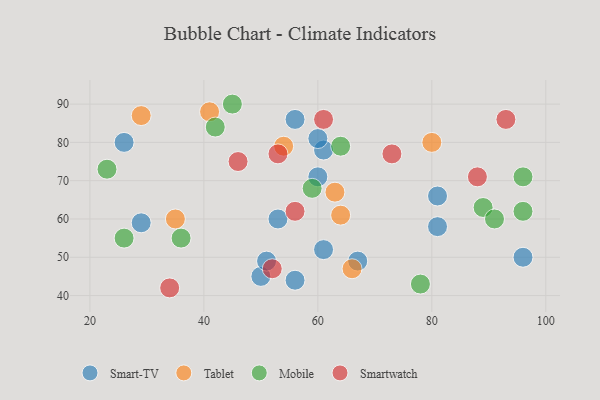
{"axis": {"x": "GDP", "y": "Life Expectancy"}, "legend": ["Mobile", "Smart-TV", "Smartwatch", "Tablet"], "data": [{"x": "29", "y": 59, "type": "Smart-TV"}, {"x": "60", "y": 71, "type": "Smart-TV"}, {"x": "81", "y": 66, "type": "Smart-TV"}, {"x": "50", "y": 45, "type": "Smart-TV"}, {"x": "61", "y": 52, "type": "Smart-TV"}, {"x": "56", "y": 86, "type": "Smart-TV"}, {"x": "81", "y": 58, "type": "Smart-TV"}, {"x": "67", "y": 49, "type": "Smart-TV"}, {"x": "53", "y": 60, "type": "Smart-TV"}, {"x": "96", "y": 50, "type": "Smart-TV"}, {"x": "61", "y": 78, "type": "Smart-TV"}, {"x": "56", "y": 44, "type": "Smart-TV"}, {"x": "51", "y": 49, "type": "Smart-TV"}, {"x": "26", "y": 80, "type": "Smart-TV"}, {"x": "60", "y": 81, "type": "Smart-TV"}, {"x": "66", "y": 47, "type": "Tablet"}, {"x": "64", "y": 61, "type": "Tablet"}, {"x": "35", "y": 60, "type": "Tablet"}, {"x": "41", "y": 88, "type": "Tablet"}, {"x": "63", "y": 67, "type": "Tablet"}, {"x": "54", "y": 79, "type": "Tablet"}, {"x": "29", "y": 87, "type": "Tablet"}, {"x": "80", "y": 80, "type": "Tablet"}, {"x": "36", "y": 55, "type": "Mobile"}, {"x": "89", "y": 63, "type": "Mobile"}, {"x": "78", "y": 43, "type": "Mobile"}, {"x": "42", "y": 84, "type": "Mobile"}, {"x": "96", "y": 62, "type": "Mobile"}, {"x": "26", "y": 55, "type": "Mobile"}, {"x": "23", "y": 73, "type": "Mobile"}, {"x": "64", "y": 79, "type": "Mobile"}, {"x": "96", "y": 71, "type": "Mobile"}, {"x": "59", "y": 68, "type": "Mobile"}, {"x": "45", "y": 90, "type": "Mobile"}, {"x": "91", "y": 60, "type": "Mobile"}, {"x": "61", "y": 86, "type": "Smartwatch"}, {"x": "53", "y": 77, "type": "Smartwatch"}, {"x": "46", "y": 75, "type": "Smartwatch"}, {"x": "52", "y": 47, "type": "Smartwatch"}, {"x": "73", "y": 77, "type": "Smartwatch"}, {"x": "56", "y": 62, "type": "Smartwatch"}, {"x": "93", "y": 86, "type": "Smartwatch"}, {"x": "34", "y": 42, "type": "Smartwatch"}, {"x": "88", "y": 71, "type": "Smartwatch"}]}